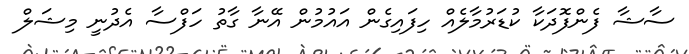
ސާޝާ ފެންފޮދަކާ ކުޑަރުމާލެއް ހިފައިގެން އައުމުން އޭނާ ގާތު ހަފްސާ އެދުނީ މިޝަލް